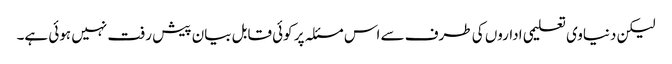
لیکن دنیاوی تعلیمی اداروں کی طرف سے اس مسئلہ پر کوئی قابل بیان پیش رفت نہیں ہوئی ہے۔